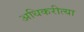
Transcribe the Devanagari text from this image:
अधिकरीत्या